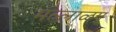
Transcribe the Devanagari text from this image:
मल्लाळम